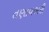
તણાવભરી